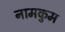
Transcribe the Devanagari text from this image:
नामकुम